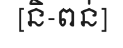
[និ-ពន់]